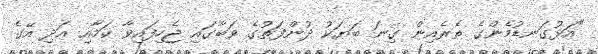
"އަޅުގަނޑުމެންގެ ތެރެއިން ގިނަ ބަޔަކު ދުންފަތުގެ ވަބާގައި ޖެހިފައިވާ ކަމާއި އަދި އޭގެ